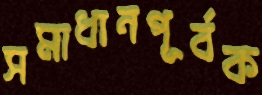
সমাধানপূর্বক